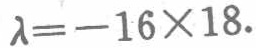
$\lambda=-16\times18.$